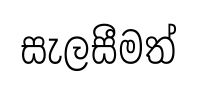
සැලසීමත්